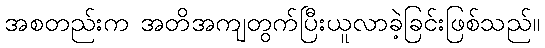
အစတည်းက အတိအကျတွက်ပြီးယူလာခဲ့ခြင်းဖြစ်သည်။